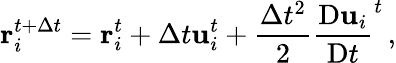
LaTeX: \mathbf{r}_{i}^{t+\Delta t}=\mathbf{r}_{i}^{t}+\Delta t\mathbf{u}_{i}^{t}+\frac{\Delta t^{2}}{2}\frac{\mathrm{D}\mathbf{u}_{i}}{\mathrm{D}t}^{t}\, ,